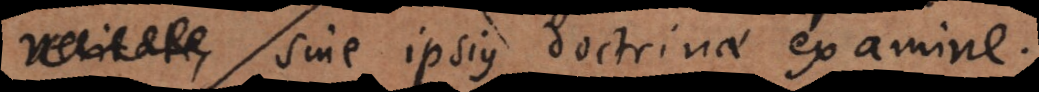
sine ipsius doctrinae examine.